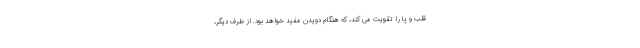
قلب و پا را تقویت می کند، که هنگام دویدن مفید خواهد بود. از طرف دیگر،